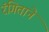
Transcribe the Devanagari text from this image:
रंगिताने